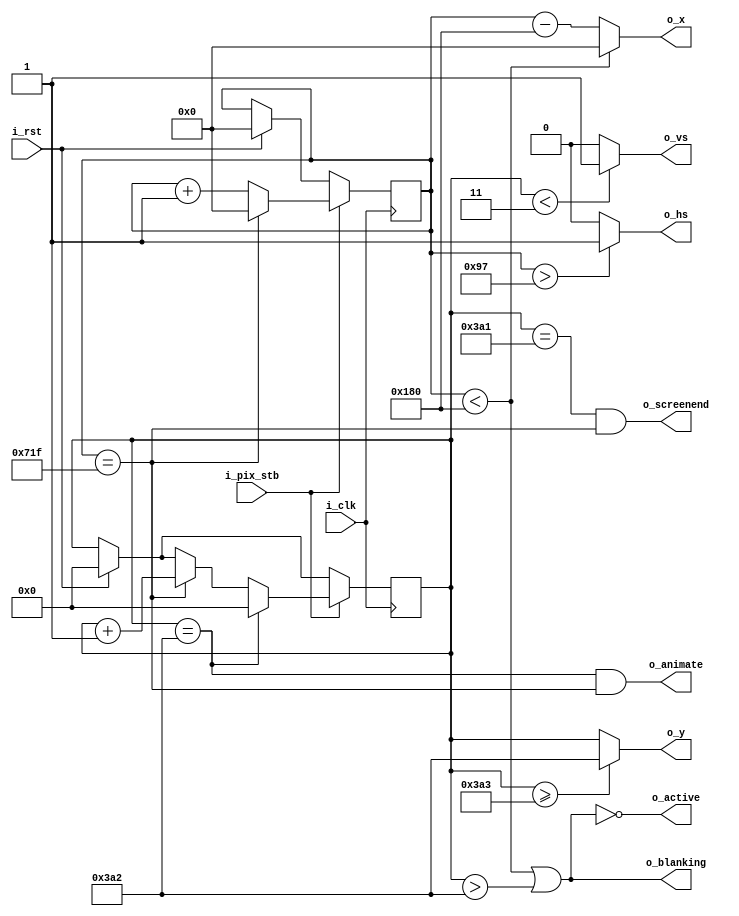

module vga800x600(
    input wire i_clk,           // base clock
    input wire i_pix_stb,       // pixel clock strobe
    input wire i_rst,           // reset: restarts frame
    output wire o_hs,           // horizontal sync
    output wire o_vs,           // vertical sync
    output wire o_blanking,     // high during blanking interval
    output wire o_active,       // high during active pixel drawing
    output wire o_screenend,    // high for one tick at the end of screen
    output wire o_animate,      // high for one tick at end of active drawing
    output wire [10:0] o_x,     // current pixel x position
    output wire  [9:0] o_y      // current pixel y position
    );

    // VGA timings https://timetoexplore.net/blog/video-timings-vga-720p-1080p
    localparam HS_STA = 0;              // horizontal sync start
    localparam HS_END = 151;        // horizontal sync end
    localparam HA_STA = 384;   // horizontal active pixel start 40 + 128 + 88
    localparam VS_STA = 0;         // vertical sync start
    localparam VS_END = 3;     // vertical sync end
    localparam VA_END = 931;             // vertical active pixel end 600
    localparam LINE   = 1823;            // complete line (pixels) 1056
    localparam SCREEN = 930;             // complete screen (lines) 628

    reg [10:0] h_count; // line position
    reg  [9:0] v_count; // screen position

    // generate sync signals (active high for 800x600)
    assign o_hs = (h_count > 11'd151 )? 1'd1 :1'd0; //((h_count >= HS_STA) & (h_count < HS_END));
    assign o_vs = ( v_count < 10'd3) ? 1'd1 :1'd0; //((v_count >= VS_STA) & (v_count < VS_END));

    // keep x and y bound within the active pixels
    assign o_x = (h_count < HA_STA) ? 0 : (h_count - HA_STA);
    assign o_y = (v_count >= VA_END) ? (VA_END - 1) : (v_count);

    // blanking: high within the blanking period
    assign o_blanking = ((h_count < HA_STA) | (v_count > VA_END - 1));

    // active: high during active pixel drawing
    assign o_active = ~((h_count < HA_STA) | (v_count > VA_END - 1)); 

    // screenend: high for one tick at the end of the screen
    assign o_screenend = ((v_count == SCREEN - 1) & (h_count == LINE));

    // animate: high for one tick at the end of the final active pixel line
    assign o_animate = ((v_count == VA_END - 1) & (h_count == LINE));

    always @ (posedge i_clk)
    begin
        if (i_rst)  // reset to start of frame
        begin
            h_count <= 0;
            v_count <= 0;
        end
        if (i_pix_stb)  // once per pixel
        begin
            if (h_count == LINE)  // end of line
            begin
                h_count <= 0;
                v_count <= v_count + 1;
            end
            else 
                h_count <= h_count + 1;

            if (v_count == SCREEN)  // end of screen
                v_count <= 0;
        end
    end
endmodule